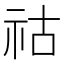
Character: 祜